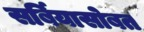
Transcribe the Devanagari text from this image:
सर्बियासोबत